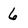
Character: 6